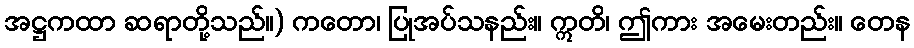
အဋ္ဌကထာ ဆရာတို့သည်။) ကတော၊ ပြုအပ်သနည်း။ ဣတိ၊ ဤကား အမေးတည်း။ တေန